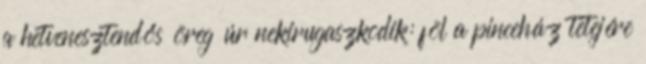
a hetvenesztendős öreg úr nekirugaszkodik: föl a pinceház tetejére